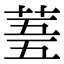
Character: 𮏓